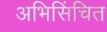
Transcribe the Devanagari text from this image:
अभिसिंचित